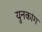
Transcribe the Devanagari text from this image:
युनकांग